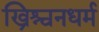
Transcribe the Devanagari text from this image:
ख्रिश्चनधर्म